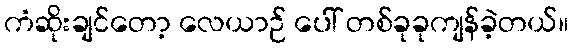
ကံဆိုးချင်တော့ လေယာဉ် ပေါ် တစ်ခုခုကျန်ခဲ့တယ်။